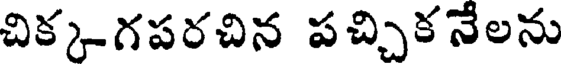
చిక్కగపరచిన పచ్చికనేలను